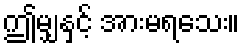
ဤမျှနှင့် အားမရသေး။